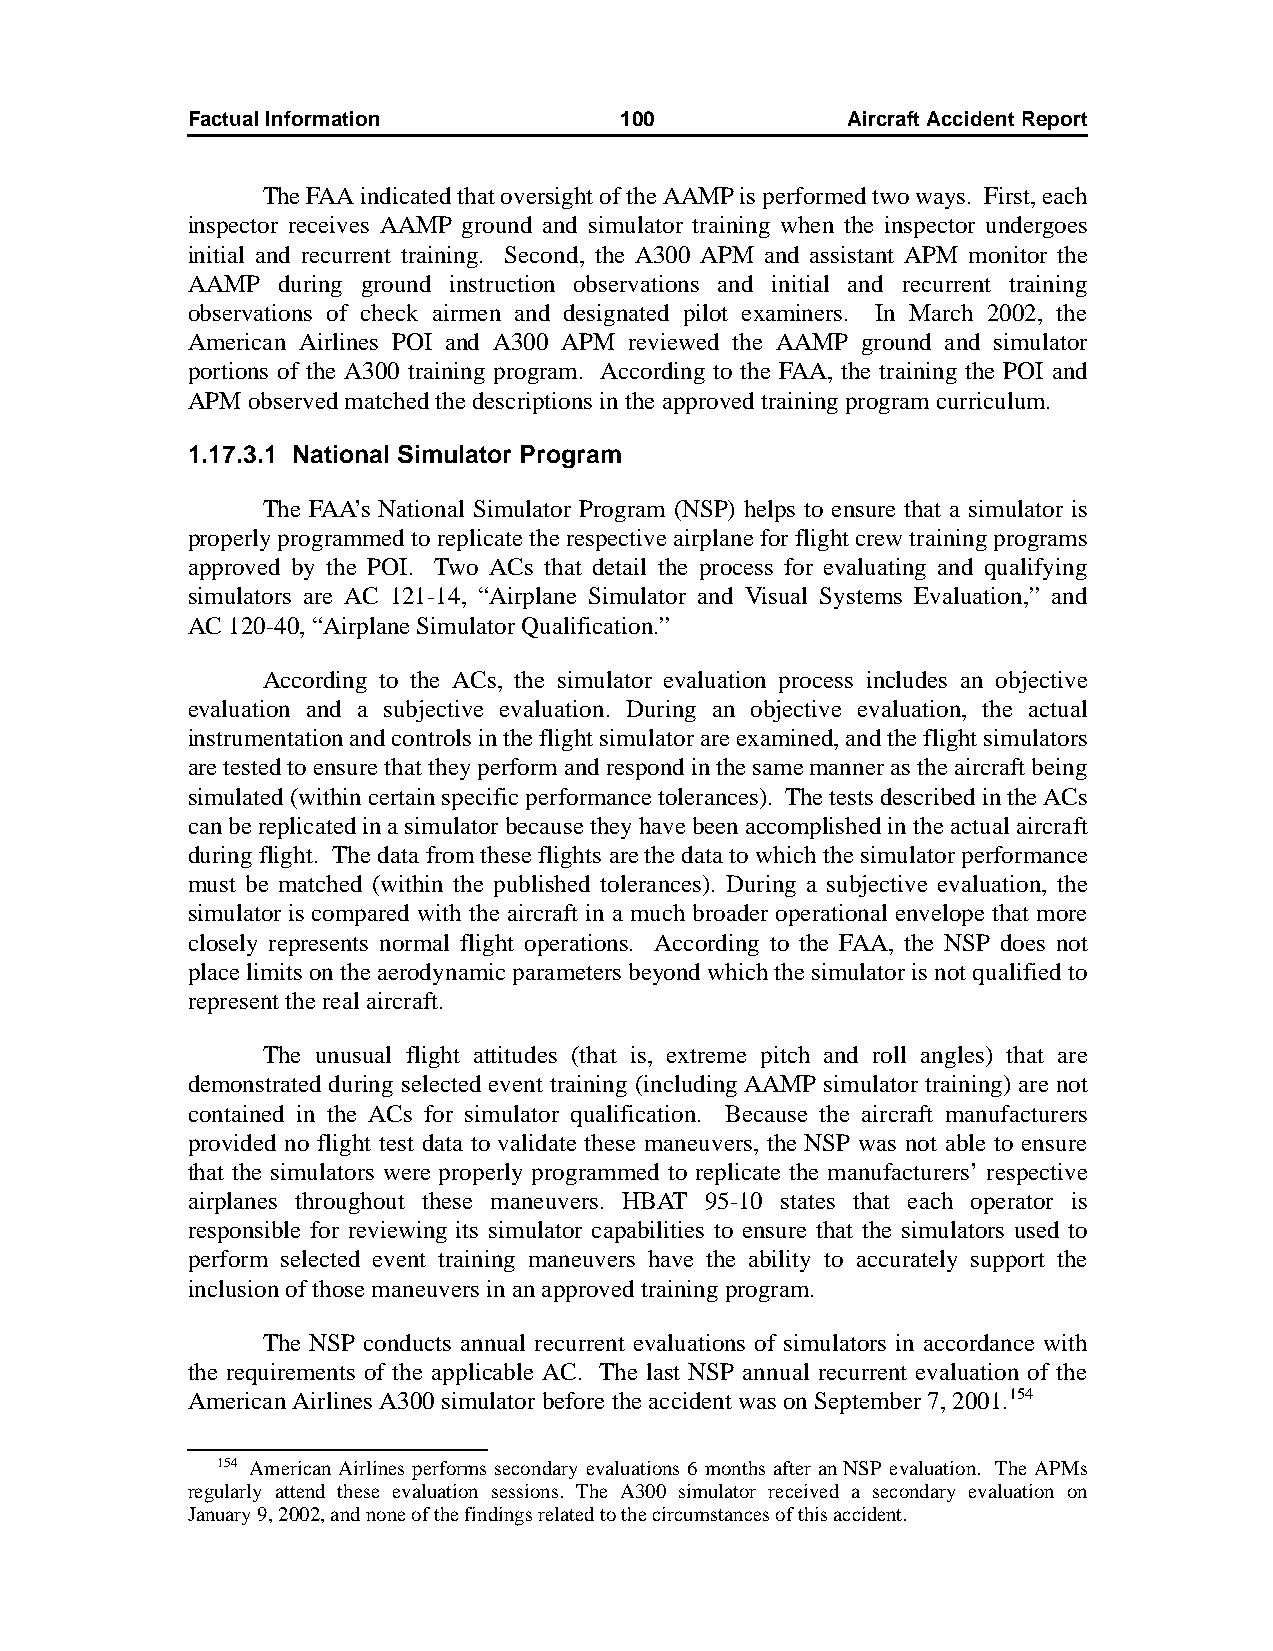
Factual Information          100            AircraftAccidentReport
 The FAA indicated that oversight of the AAMP is performed two ways. First, each
 inspector receives AAMP ground and simulator training when the inspector undergoes
 initial and recurrent training. Second, the A300 APM and assistant APM monitor the
 AAMP  during ground instruction observations and initial and recurrent training
 observations of check airmen and designated pilot examiners. In March 2002, the
 American Airlines POI and A300 APM reviewed the AAMP ground and simulator
 portions of the A300 training program. According to the FAA, the training the POI and
 APM observed matched the descriptions in the approved training program curriculum.
 1.17.3.1 National Simulator Program
 The FAA’s National Simulator Program (NSP) helps to ensure that a simulator is
 properly programmed to replicate the respective airplane for flight crew training programs
 approved by the POI. Two ACs that detail the process for evaluating and qualifying
 simulators are AC 121-14, “Airplane Simulator and Visual Systems Evaluation,” and
 AC120-40, “Airplane Simulator Qualification.”
 According to the ACs, the simulator evaluation process includes an objective
 evaluation and a subjective evaluation. During an objective evaluation, the actual
 instrumentation and controls in the flight simulator are examined, and the flight simulators
 are tested to ensure that they perform and respond in the same manner as the aircraft being
 simulated (within certain specific performance tolerances). The tests described in the ACs
 can be replicated in a simulator because they have been accomplished in the actual aircraft
 during flight. The data from these flights are the data to which the simulator performance
 must be matched (within the published tolerances). During a subjective evaluation, the
 simulator is compared with the aircraft in a much broader operational envelope that more
 closely represents normal flight operations. According to the FAA, the NSP does not
 place limits on the aerodynamic parameters beyond which the simulator is not qualified to
 represent the real aircraft.
 The unusual flight attitudes (that is, extreme pitch and roll angles) that are
 demonstrated during selected event training (including AAMP simulator training) are not
 contained in the ACs for simulator qualification. Because the aircraft manufacturers
 provided no flight test data to validate these maneuvers, the NSP was not able to ensure
 that the simulators were properly programmed to replicate the manufacturers’ respective
 airplanes throughout these maneuvers. HBAT 95-10 states that each operator is
 responsible for reviewing its simulator capabilities to ensure that the simulators used to
 perform selected event training maneuvers have the ability to accurately support the
 inclusion of those maneuvers in an approved training program.
 The NSP conducts annual recurrent evaluations of simulators in accordance with
 the requirements of the applicable AC. The last NSP annual recurrent evaluation of the
 American Airlines A300 simulator before the accident was on September 7, 2001.154
 154 American Airlines performs secondary evaluations 6 months after an NSP evaluation. The APMs
 regularly attend these evaluation sessions. The A300 simulator received a secondary evaluation on
 January9, 2002, and none of the findings related to the circumstances of this accident.